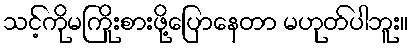
သင့်ကိုမကြိုးစားဖို့ပြောနေတာ မဟုတ်ပါဘူး။